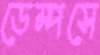
ডেম্পসে